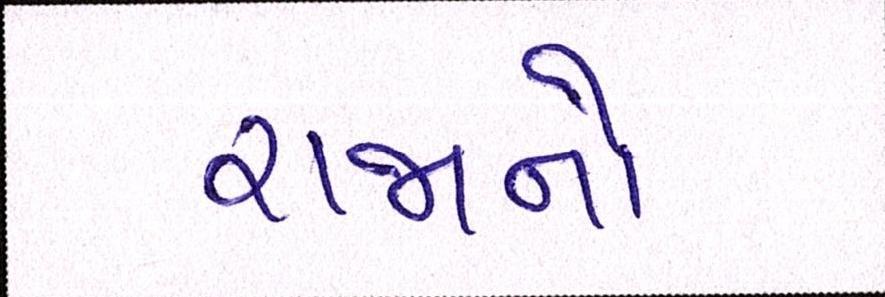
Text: રાજાનો